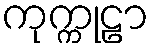
ကုက္ကုဠာ